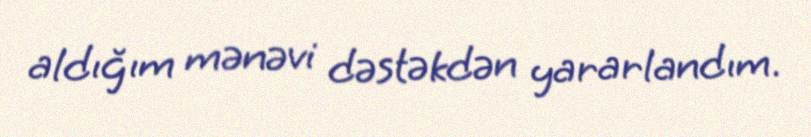
aldığım mənəvi dəstəkdən yararlandım.